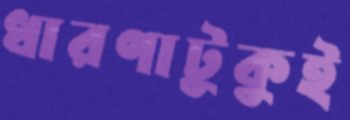
ধারণাটুকুই